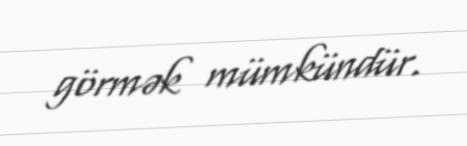
görmək mümkündür.